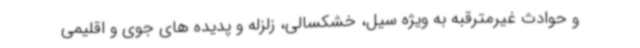
و حوادث غیرمترقبه به ویژه سیل، خشکسالی، زلزله و پدیده های جوی و اقلیمی